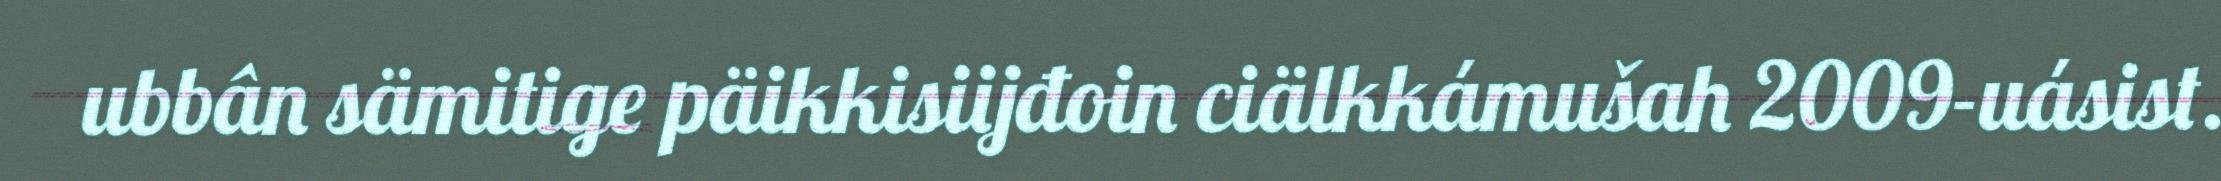
ubbân sämitige päikkisiijđoin ciälkkámušah 2009-uásist.